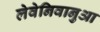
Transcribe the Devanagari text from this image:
लेवेनिवानुआ